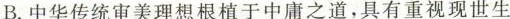
B.中华传统审美理想根植于中庸之道，具有重视现世生